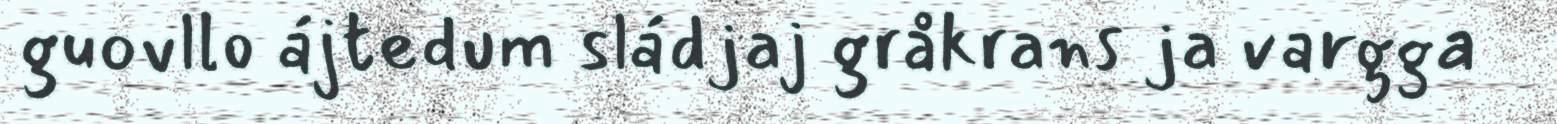
guovllo ájtedum sládjaj gråkrans ja vargga